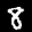
Label: 8